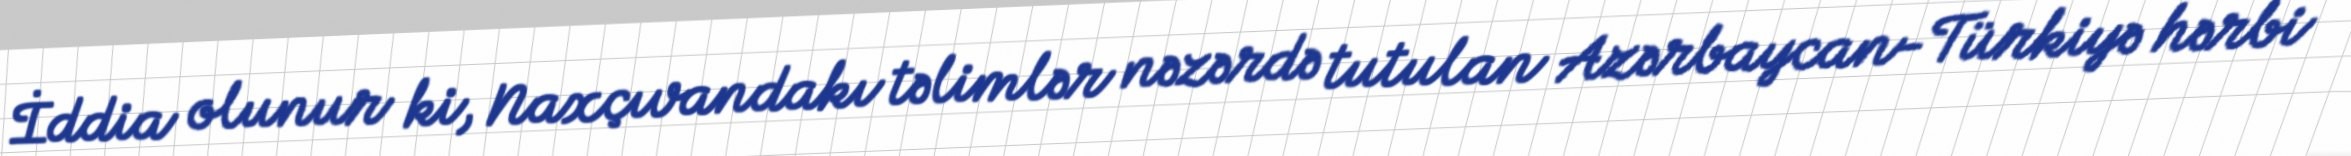
İddia olunur ki, Naxçıvandakı təlimlər nəzərdə tutulan Azərbaycan-Türkiyə hərbi